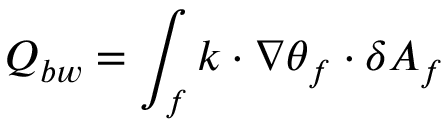
Q _ { b w } = \int _ { f } k \cdot \nabla \theta _ { f } \cdot \delta A _ { f }